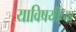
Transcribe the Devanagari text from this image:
याविषयींच्या